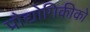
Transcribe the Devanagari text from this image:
प्रौद्योगिकीको